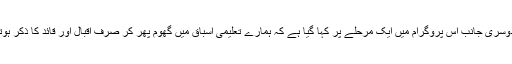
ایک طرف جیو کو اعتراض ہے کہ ہم فاتحین ہی کو کیوں ہیرو سمجھتے ہیں دوسری جانب اس پروگرام میں ایک مرحلے پر کہا گیا ہے کہ ہمارے تعلیمی اسباق میں گھوم پھر کر صرف اقبال اور قائد کا ذکر ہوتا ہے حالانکہ ہمارے ملک میں بڑے خطاط بھی ہوئے ہیں اور عبدالسلام بھی۔